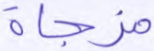
مزجاة